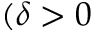
( \delta > 0